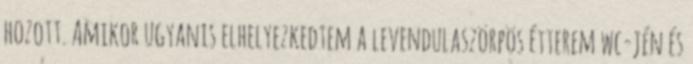
hozott. Amikor ugyanis elhelyezkedtem a levendulaszörpös étterem wc-jén és